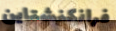
فرانكنشتاين